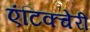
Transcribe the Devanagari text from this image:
एंटिक्चेरी